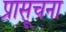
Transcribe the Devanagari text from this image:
प्रासूचना